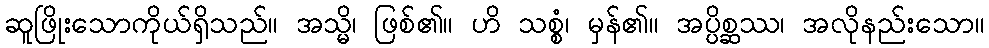
ဆူဖြိုးသောကိုယ်ရှိသည်။ အသ္မိ၊ ဖြစ်၏။ ဟိ သစ္စံ၊ မှန်၏။ အပ္ပိစ္ဆဿ၊ အလိုနည်းသော။